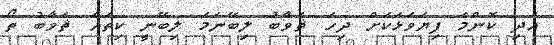
އަދި ކޮންމެ ފިޔަވަޅަކަށް ދިހަ ޘަވާބު ލިބޭނަމަ ލިބޭނީ ކިތައް ޘަވާބު ތޯ